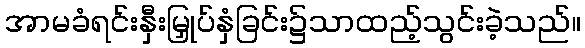
အာမခံရင်းနှီးမြှုပ်နှံခြင်း၌သာထည့်သွင်းခဲ့သည်။